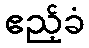
ဧည့်ခံ